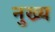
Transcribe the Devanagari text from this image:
नुख्य